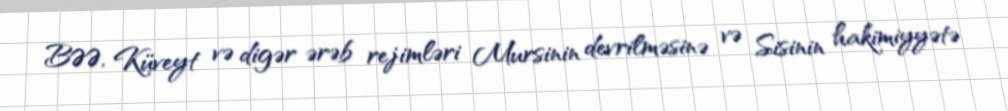
BƏƏ, Küveyt və digər ərəb rejimləri Mursinin devrilməsinə və Sisinin hakimiyyətə